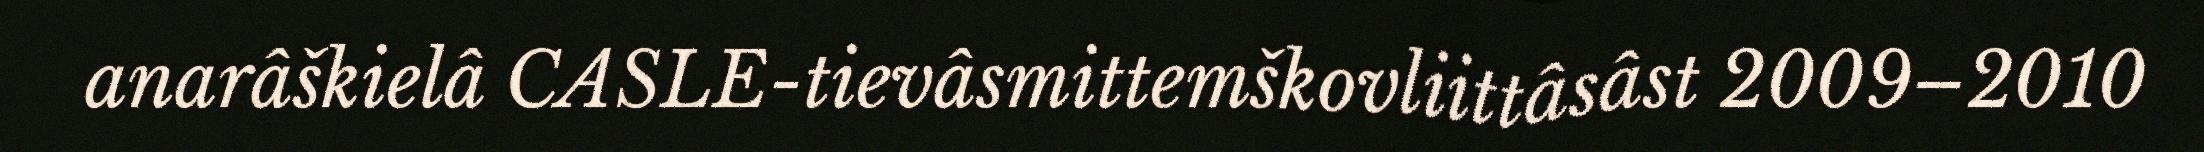
anarâškielâ CASLE-tievâsmittemškovliittâsâst 2009–2010